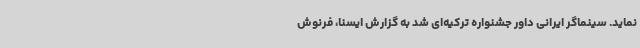
نماید. سینماگر ایرانی داور جشنواره ترکیه‌ای شد به گزارش ایسنا، فرنوش